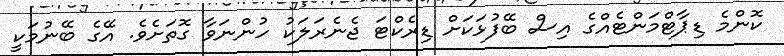
ކޮންމެ ޑިޕާޓްމަންޓެއްގެ އިސް ބޭފުޅަކަށް ޑިރެކްޓަ ޖެނެރަލަކު ހުންނަވާ ގޮތަށެވެ. އޭގެ ބޭނުމަކީ